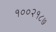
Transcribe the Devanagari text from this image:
१००२१८७